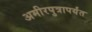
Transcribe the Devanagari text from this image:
अमीरपुत्रापर्यंत